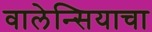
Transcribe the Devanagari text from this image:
वालेन्सियाचा